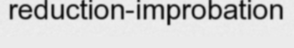
reduction-improbation